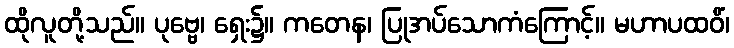
ထိုလူတို့သည်။ ပုဗ္ဗေ၊ ရှေး၌။ ကတေန၊ ပြုအပ်သောကံကြောင့်။ မဟာပထဝိံ၊